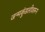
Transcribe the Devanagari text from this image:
जन्मकुंडलीवरून